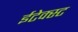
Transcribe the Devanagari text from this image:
ईटेक्स्ट